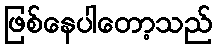
ဖြစ်နေပါတော့သည်